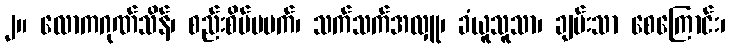
၂။ လောကဂုဏ်သိန်၊ စည်းစိမ်မမက်၊ သက်သက်အလှူ၊ ခံယူသူသာ၊ ချမ်းသာ စေကြောင်း၊